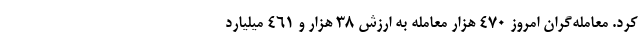
کرد. معامله‌گران امروز ۴۷۰ هزار معامله به ارزش ۳۸ هزار و ۴۶۱ میلیارد